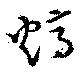
熇